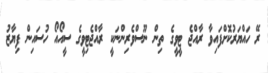
ރޭ ހައްޔަރުކޮށްފައިވާ ރާއްޖެ ޓީވީގެ ތިން ނޫސްވެރިންނަކީ ރާއްޖެޓިވީގެ ސީއޯއޯ ހުސައިން ފިޔާޒު